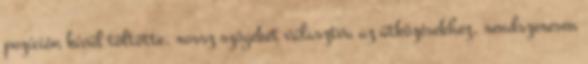
pozíción kívül töltötte, rossz szögeket választva az ütközésekhez, rendszeresen